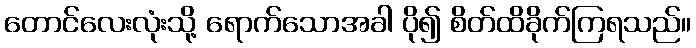
တောင်လေးလုံးသို့ ရောက်သောအခါ ပို၍ စိတ်ထိခိုက်ကြရသည်။